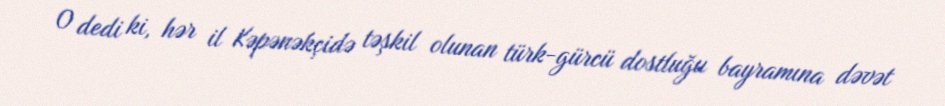
O dedi ki, hər il Kəpənəkçidə təşkil olunan türk-gürcü dostluğu bayramına dəvət